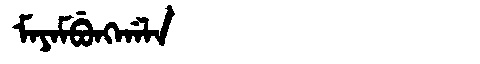
Manchu: ᠮᠠᠶᠠᠮᠪᡠᠩᡤᠠᠯᠠ
Romanization: MAYAMBUNGGALA